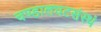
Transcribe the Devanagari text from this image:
चण्डालघटसंस्थं